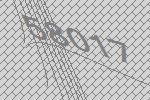
58017